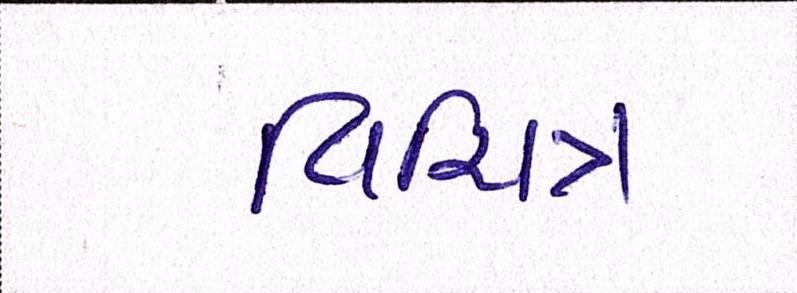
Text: વિચિત્ર